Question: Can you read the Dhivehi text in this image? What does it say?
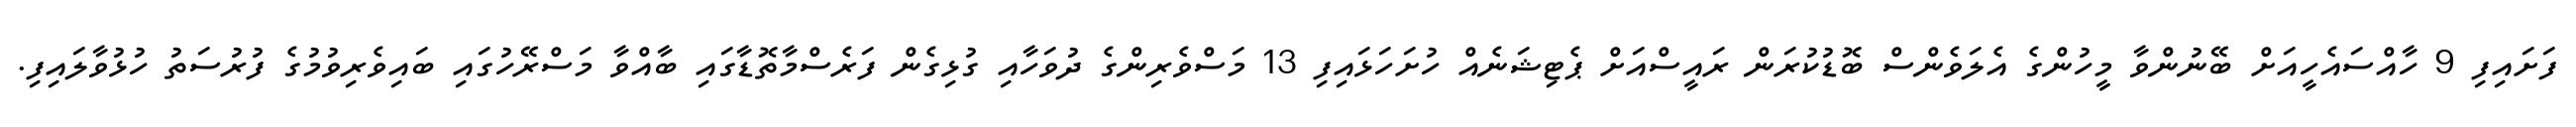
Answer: ފަށައިފި 9 ހާއްސައެހީއަށް ބޭނުންވާ މީހުންގެ އެލަވެންސް ބޮޑުކުރަން ރައީސްއަށް ޕެޓިޝަނެއް ހުށަހަޅައިފި 13 މަސްވެރިންގެ ދުވަހާއި ގުޅިގެން ފަރެސްމާތޮޑާގައި ބާއްވާ މަސްރޭހުގައި ބައިވެރިވުމުގެ ފުރުސަތު ހުޅުވާލައިފި.